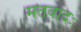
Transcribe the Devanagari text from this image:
मतवादः